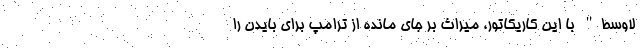
لاوسط" با این کاریکاتور، میراث بر جای مانده از ترامپ برای بایدن را